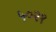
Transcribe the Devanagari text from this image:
५०२१